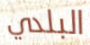
البلدي